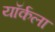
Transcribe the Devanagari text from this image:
यॉर्कला